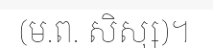
(ម.ព. សិស្ស)។